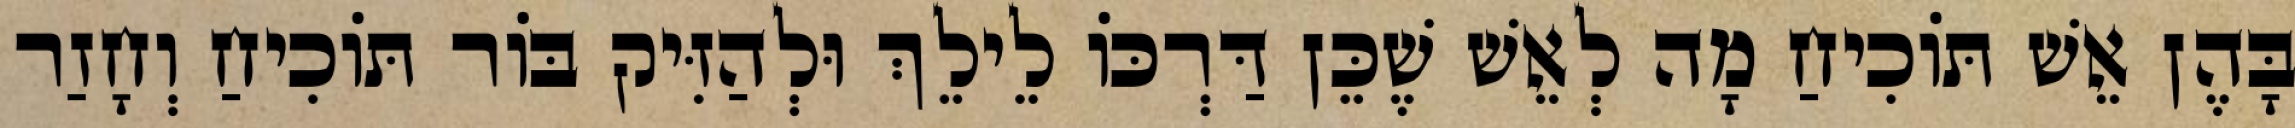
בָּהֶן אֵשׁ תּוֹכִיחַ מָה לְאֵשׁ שֶׁכֵּן דַּרְכּוֹ לֵילֵךְ וּלְהַזִּיק בּוֹר תּוֹכִיחַ וְחָזַר